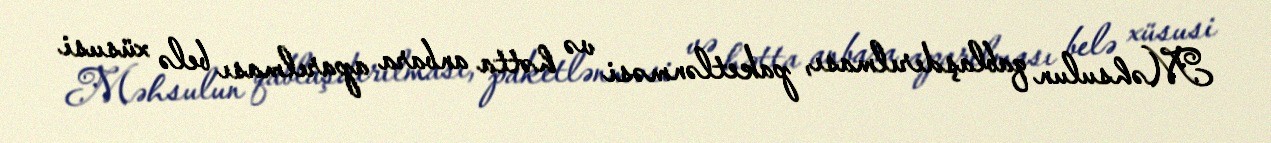
Məhsulun qablaşdırılması, paketlənməsi və hətta anbara aparılması belə xüsusi